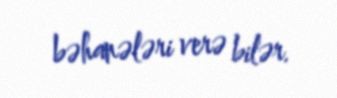
bəhanələri verə bilər.